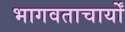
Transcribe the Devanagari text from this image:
भागवताचार्यों